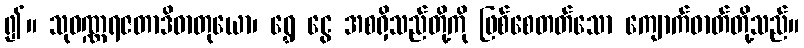
၍။ သုဝဏ္ဏရဇတာဒိဓာတုယော၊ ရွှေ ငွေ အစရှိသည်တို့ကို ဖြစ်စေတတ်သော ကျောက်ဓာတ်တို့သည်။